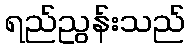
ရည်ညွန်းသည်